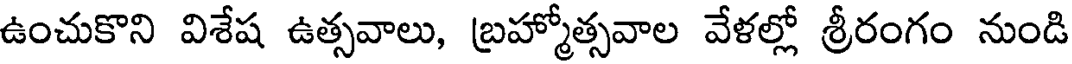
ఉంచుకొని విశేష ఉత్సవాలు, బ్రహ్మోత్సవాల వేళల్లో శ్రీరంగం నుండి